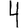
Digit: 4